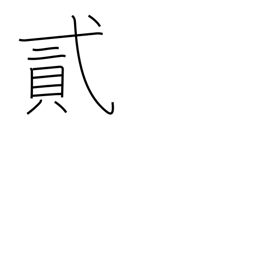
Meaning: two